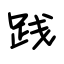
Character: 践